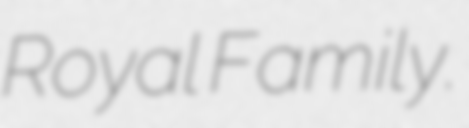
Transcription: Royal Family.